Tartu_pedagoogiumi_aruanded, lk 24
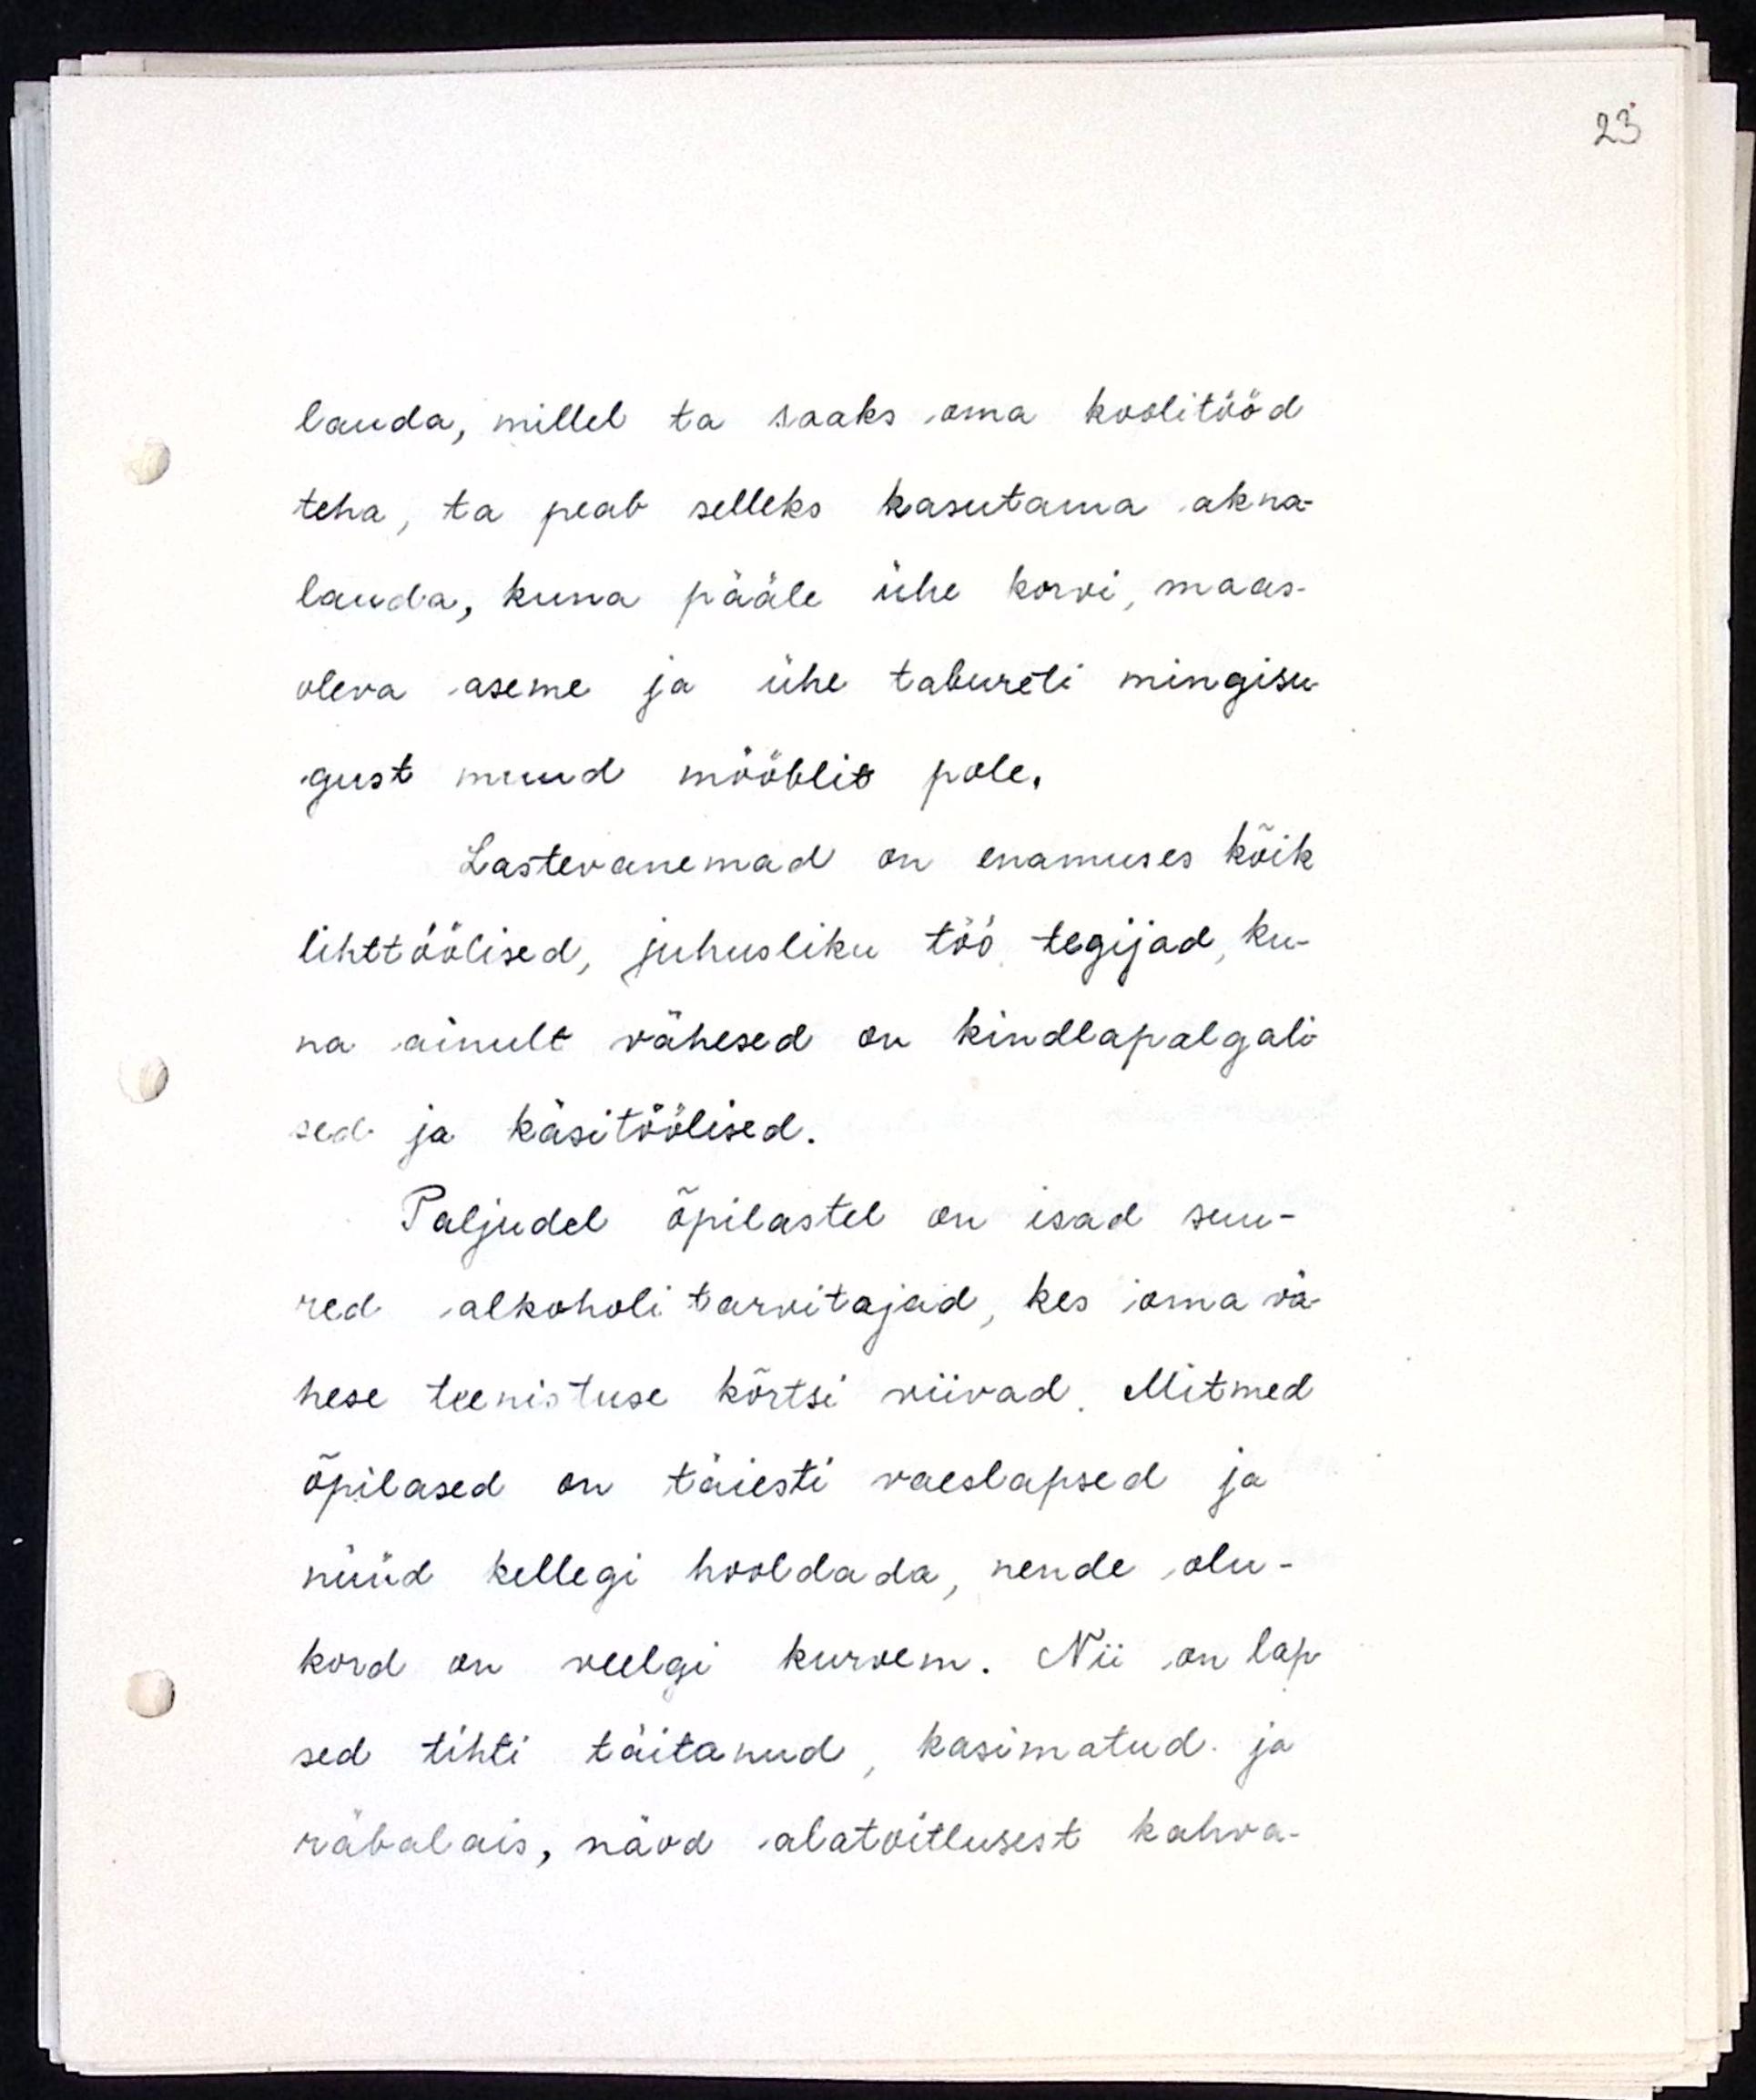
lauda, millel ta saaks oma koolitööd
teha, ta peab selleks kasutama akna-
lauda, kuna pääle ühe korvi, maas-
oleva aseme ja ühe tabureti mingisu-
gust muud mööblit pole.
Lastevanemad on enamuses kõik
lihttöölised, juhusliku töö tegijad, ku-
na ainult vähesed on kindlapalgali-
sed ja käsitöölised.
Paljudel õpilastel on isad suu-
red alkoholi tarvitajad, kes oma vä-
hese teenistuse kõrtsi viivad. Mitmed
õpilased on täiesti vaeslapsed ja 
nüüd kellegi hooldada, nende olu-
kord on veelgi kurvem. Nii on lap-
sed tihti täitanud, kasimatud ja 
räbalais, näod alatoitlusest kahva-